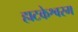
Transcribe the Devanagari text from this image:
हाटकेश्वरम